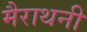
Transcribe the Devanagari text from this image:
मैराथनी